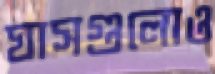
ঘাসগুলোও